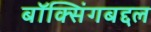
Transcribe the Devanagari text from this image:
बॉक्सिंगबद्दल